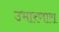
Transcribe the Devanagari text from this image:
उभारणारा